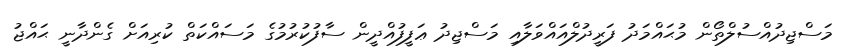
މަސްޖިދުއްސުލްތޯން މުޙައްމަދު ފަރީދުލްއައްވަލާއި މަސްޖިދު ޢަފީފުއްދީން ސާފުކުރުމުގެ މަސައްކަތް ކުރިއަށް ގެންދާނީ ޙައްޖު